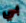
بي